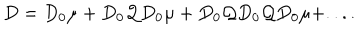
LaTeX: D = D _ { 0 } \mu + D _ { 0 } { \mathcal Q } D _ { 0 } \mu + D _ { 0 } { \mathcal Q } D _ { 0 } { \mathcal Q } D _ { 0 } \mu + . . . .